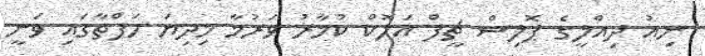
ނިއު ދިއްލީގެ ޕޮލިސް ޗީފް އަލޮކް ކުމާރު ވަރުމާ މިދިޔަ ހަފްތާގައި ވަނީ